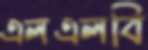
এলএলবি